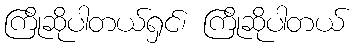
ကြိုဆိုပါတယ်ရှင်၊ ကြိုဆိုပါတယ်